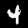
Digit: 4